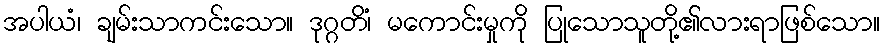
အပါယံ၊ ချမ်းသာကင်းသော။ ဒုဂ္ဂတိံ၊ မကောင်းမှုကို ပြုသောသူတို့၏လားရာဖြစ်သော။